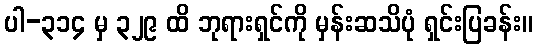
ပါ-၃၁၄ မှ ၃၂၉ ထိ ဘုရားရှင်ကို မှန်းဆသိပုံ ရှင်းပြခန်း။